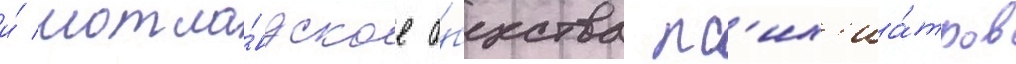
и́ шотла́ндское о́бщества пс'их'иа́тров